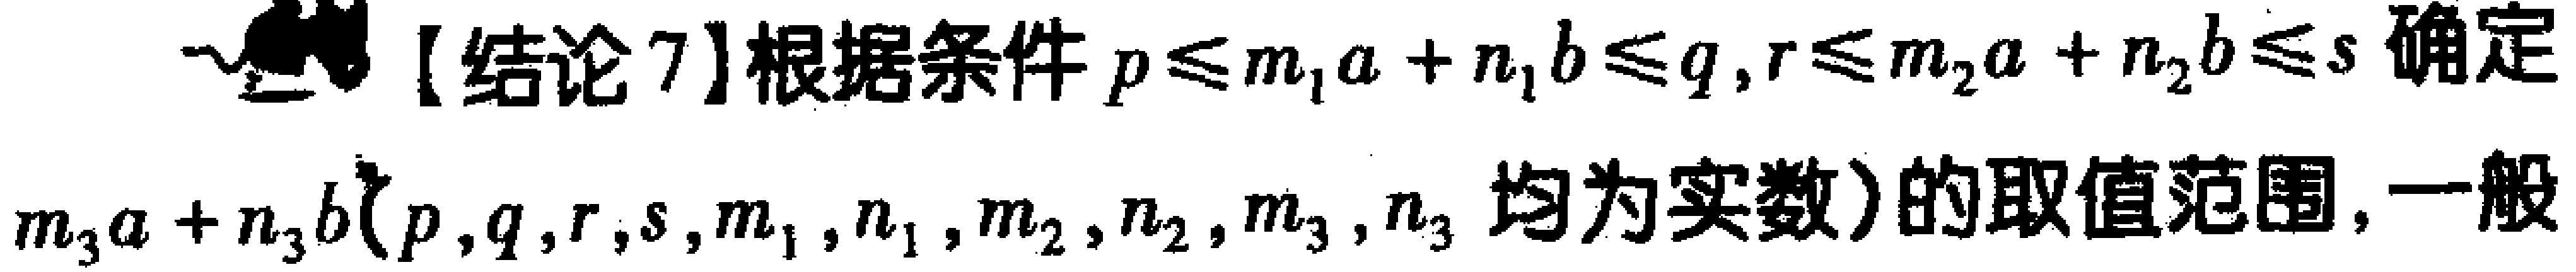
【结论7】根据条件\(p\leq m_{1}a + n_{1}b\leq q,r\leq m_{2}a + n_{2}b\leq s\)确定\(m_{3}a + n_{3}b(p,q,r,s,m_{1},n_{1},m_{2},n_{2},m_{3},n_{3}\)均为实数)的取值范围，一般